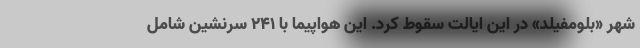
شهر «بلومفیلد» در این ایالت سقوط کرد. این هواپیما با ۲۴۱ سرنشین شامل